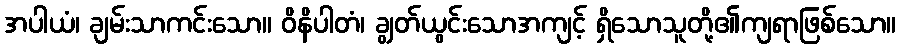
အပါယံ၊ ချမ်းသာကင်းသော။ ဝိနိပါတံ၊ ချွတ်ယွင်းသောအကျင့် ရှိသောသူတို့၏ကျရာဖြစ်သော။